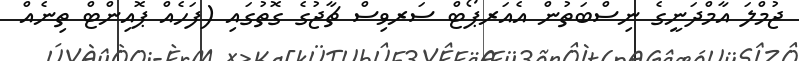
ޖުމްލަ އާމްދަނީގެ ނިސްބަތުން އެއަރޕޯޓް ސަރވިސް ޗާޖުގެ ގޮތުގައި (ފަހެއް ޕޮއިންޓް ތިނެއް